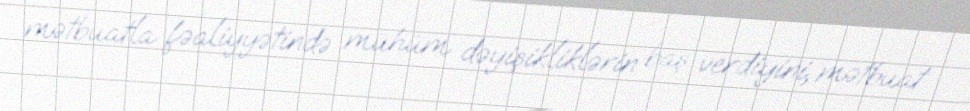
mətbuatla fəaliyyətində mühüm dəyişikliklərin baş verdiyini, mətbuat